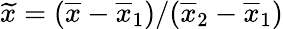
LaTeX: \widetilde x=(\overline{{x}}-\overline{{x}}_{1})/(\overline{{x}}_{2}-\overline{{x}}_{1})